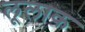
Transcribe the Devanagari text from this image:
लूलाक